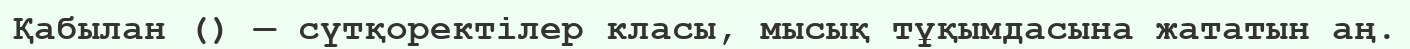
Қабылан () — сүтқоректілер класы, мысық тұқымдасына жататын аң.